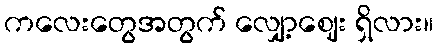
ကလေးတွေအတွက် လျှော့ဈေး ရှိလား။